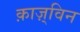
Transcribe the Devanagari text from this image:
क़ाज़्विन